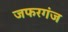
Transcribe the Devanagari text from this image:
जफरगंज